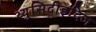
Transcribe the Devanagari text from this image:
थ्युसिदीइदिज